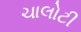
ચાલોટી